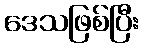
ဒေသဖြစ်ပြီး